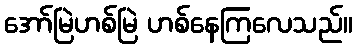
အော်မြဲဟစ်မြဲ ဟစ်နေကြလေသည်။